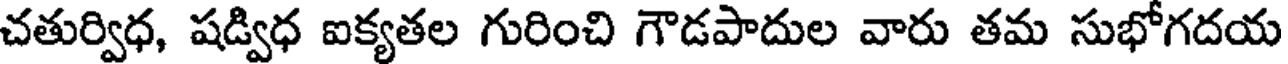
చతుర్విధ, షడ్విధ ఐక్యతల గురించి గౌడపాదుల వారు తమ సుభోగదయ